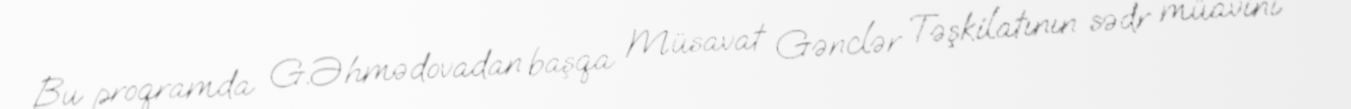
Bu proqramda G.Əhmədovadan başqa Müsavat Gənclər Təşkilatının sədr müavini